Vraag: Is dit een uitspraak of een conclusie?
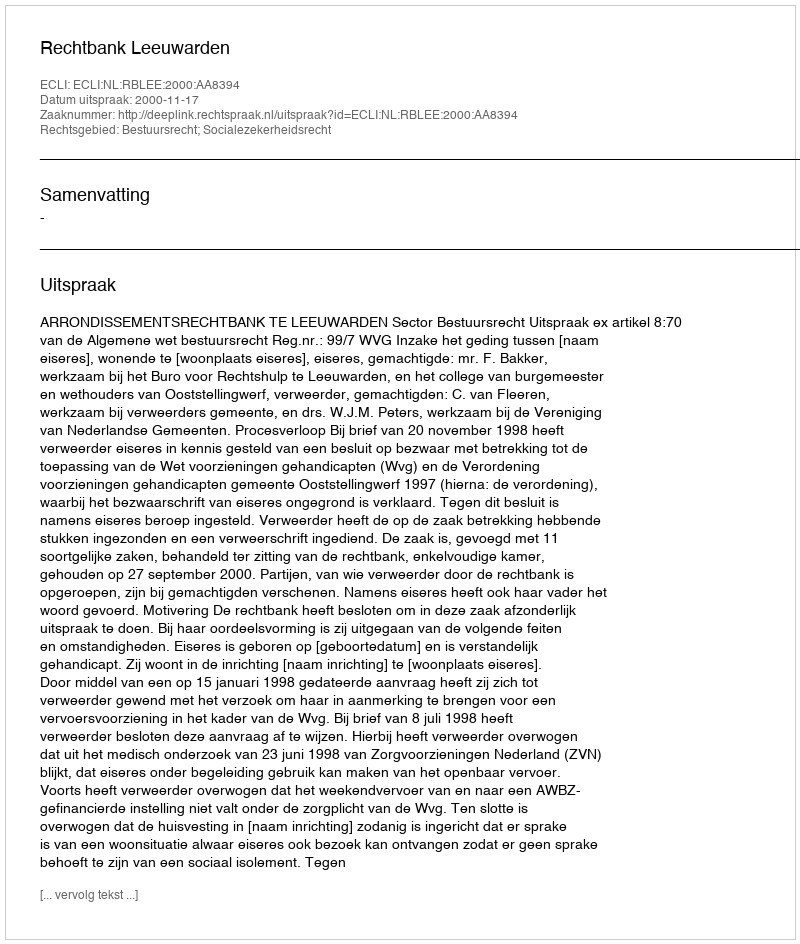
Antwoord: Uitspraak